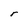
Character: r